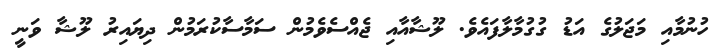
ހުނުމާއި މަޖަލުގެ އަޑު ގުގުމާލާފައެވެ. ލޫޝާއާއި ޖެއްސެވެމުން ސަމާސާކުރަމުން ދިޔައިރު ލޫޝާ ވަނީ